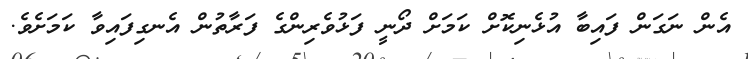
އެން ނަގަން ފައިބާ އުޅެނިކޮށް ކަމަށް ދޯނީ ފަޅުވެރިންގެ ފަރާތުން އެނގިފައިވާ ކަމަށެވެ.